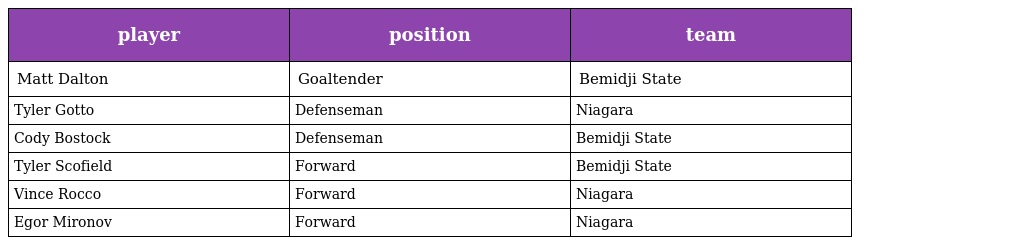
| player | position | team |
 | --- | --- | --- |
 | Matt Dalton | Goaltender | Bemidji State |
 | Tyler Gotto | Defenseman | Niagara |
 | Cody Bostock | Defenseman | Bemidji State |
 | Tyler Scofield | Forward | Bemidji State |
 | Vince Rocco | Forward | Niagara |
 | Egor Mironov | Forward | Niagara |